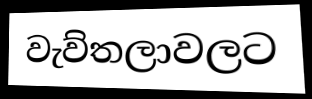
වැව්තලාවලට